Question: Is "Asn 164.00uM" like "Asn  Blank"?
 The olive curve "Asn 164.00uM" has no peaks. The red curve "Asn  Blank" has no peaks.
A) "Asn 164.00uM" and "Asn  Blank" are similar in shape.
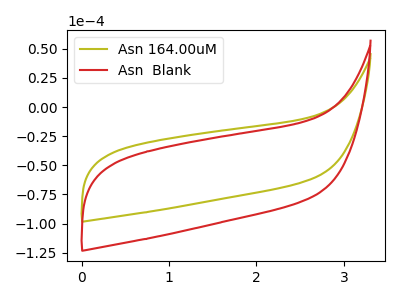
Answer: <think>Neither "Asn 164.00uM" or "Asn  Blank" have any peaks.
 </think>
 <answer>A) "Asn 164.00uM" and "Asn  Blank" are similar in shape.</answer>
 <eval>A</eval>